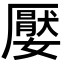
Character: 嬮